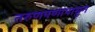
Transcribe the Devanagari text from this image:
तरुणपणापासुन